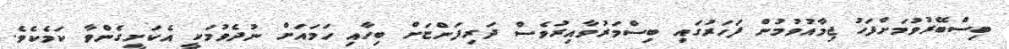
ބިސްބޭރުވުމަށްފަހު ޖިމާއުވުމުން ފަހަރުގައި ބިސްމަރުވާއިރުވެސް ދަރިފަންޏަށް ބިހާއި ހަމައަށް ނުދެވުމަކީ އެކަށީގެންވާ ކަމެކެވެ.